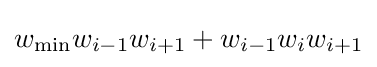
w_{\min }w_{i-1}w_{i+1}+w_{i-1}w_{i}w_{i+1}